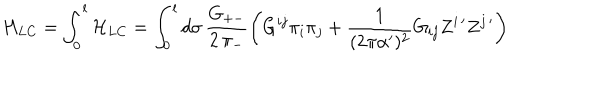
H _ { L C } = \int _ { 0 } ^ { l } \mathcal { H } _ { L C } = \int _ { 0 } ^ { l } d \sigma \, \frac { G _ { + - } } { 2 \, \pi _ { - } } \left( G ^ { i j } \pi _ { i } \pi _ { j } + \frac { 1 } { ( 2 \pi \alpha ^ { \prime } ) ^ { 2 } } G _ { i j } Z ^ { i \, \prime } Z ^ { j \, \prime } \right)